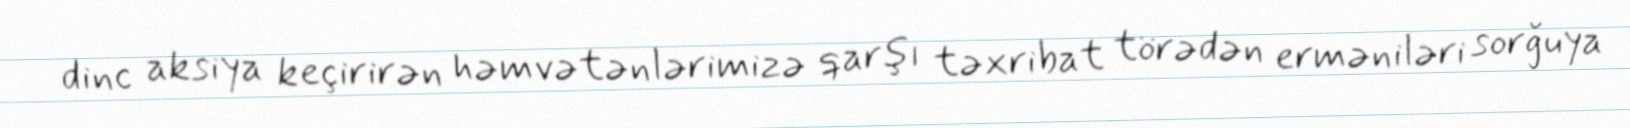
dinc aksiya keçirirən həmvətənlərimizə qarşı təxribat törədən erməniləri sorğuya